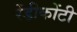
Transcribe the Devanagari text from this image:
रेंडीकोंटी